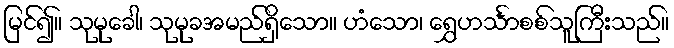
မြင်၍။ သုမုခေါ၊ သုမုခအမည်ရှိသော။ ဟံသော၊ ရွှေဟင်္သာစစ်သူကြီးသည်။